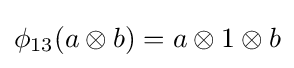
\phi _{13}(a\otimes b)=a\otimes 1\otimes b